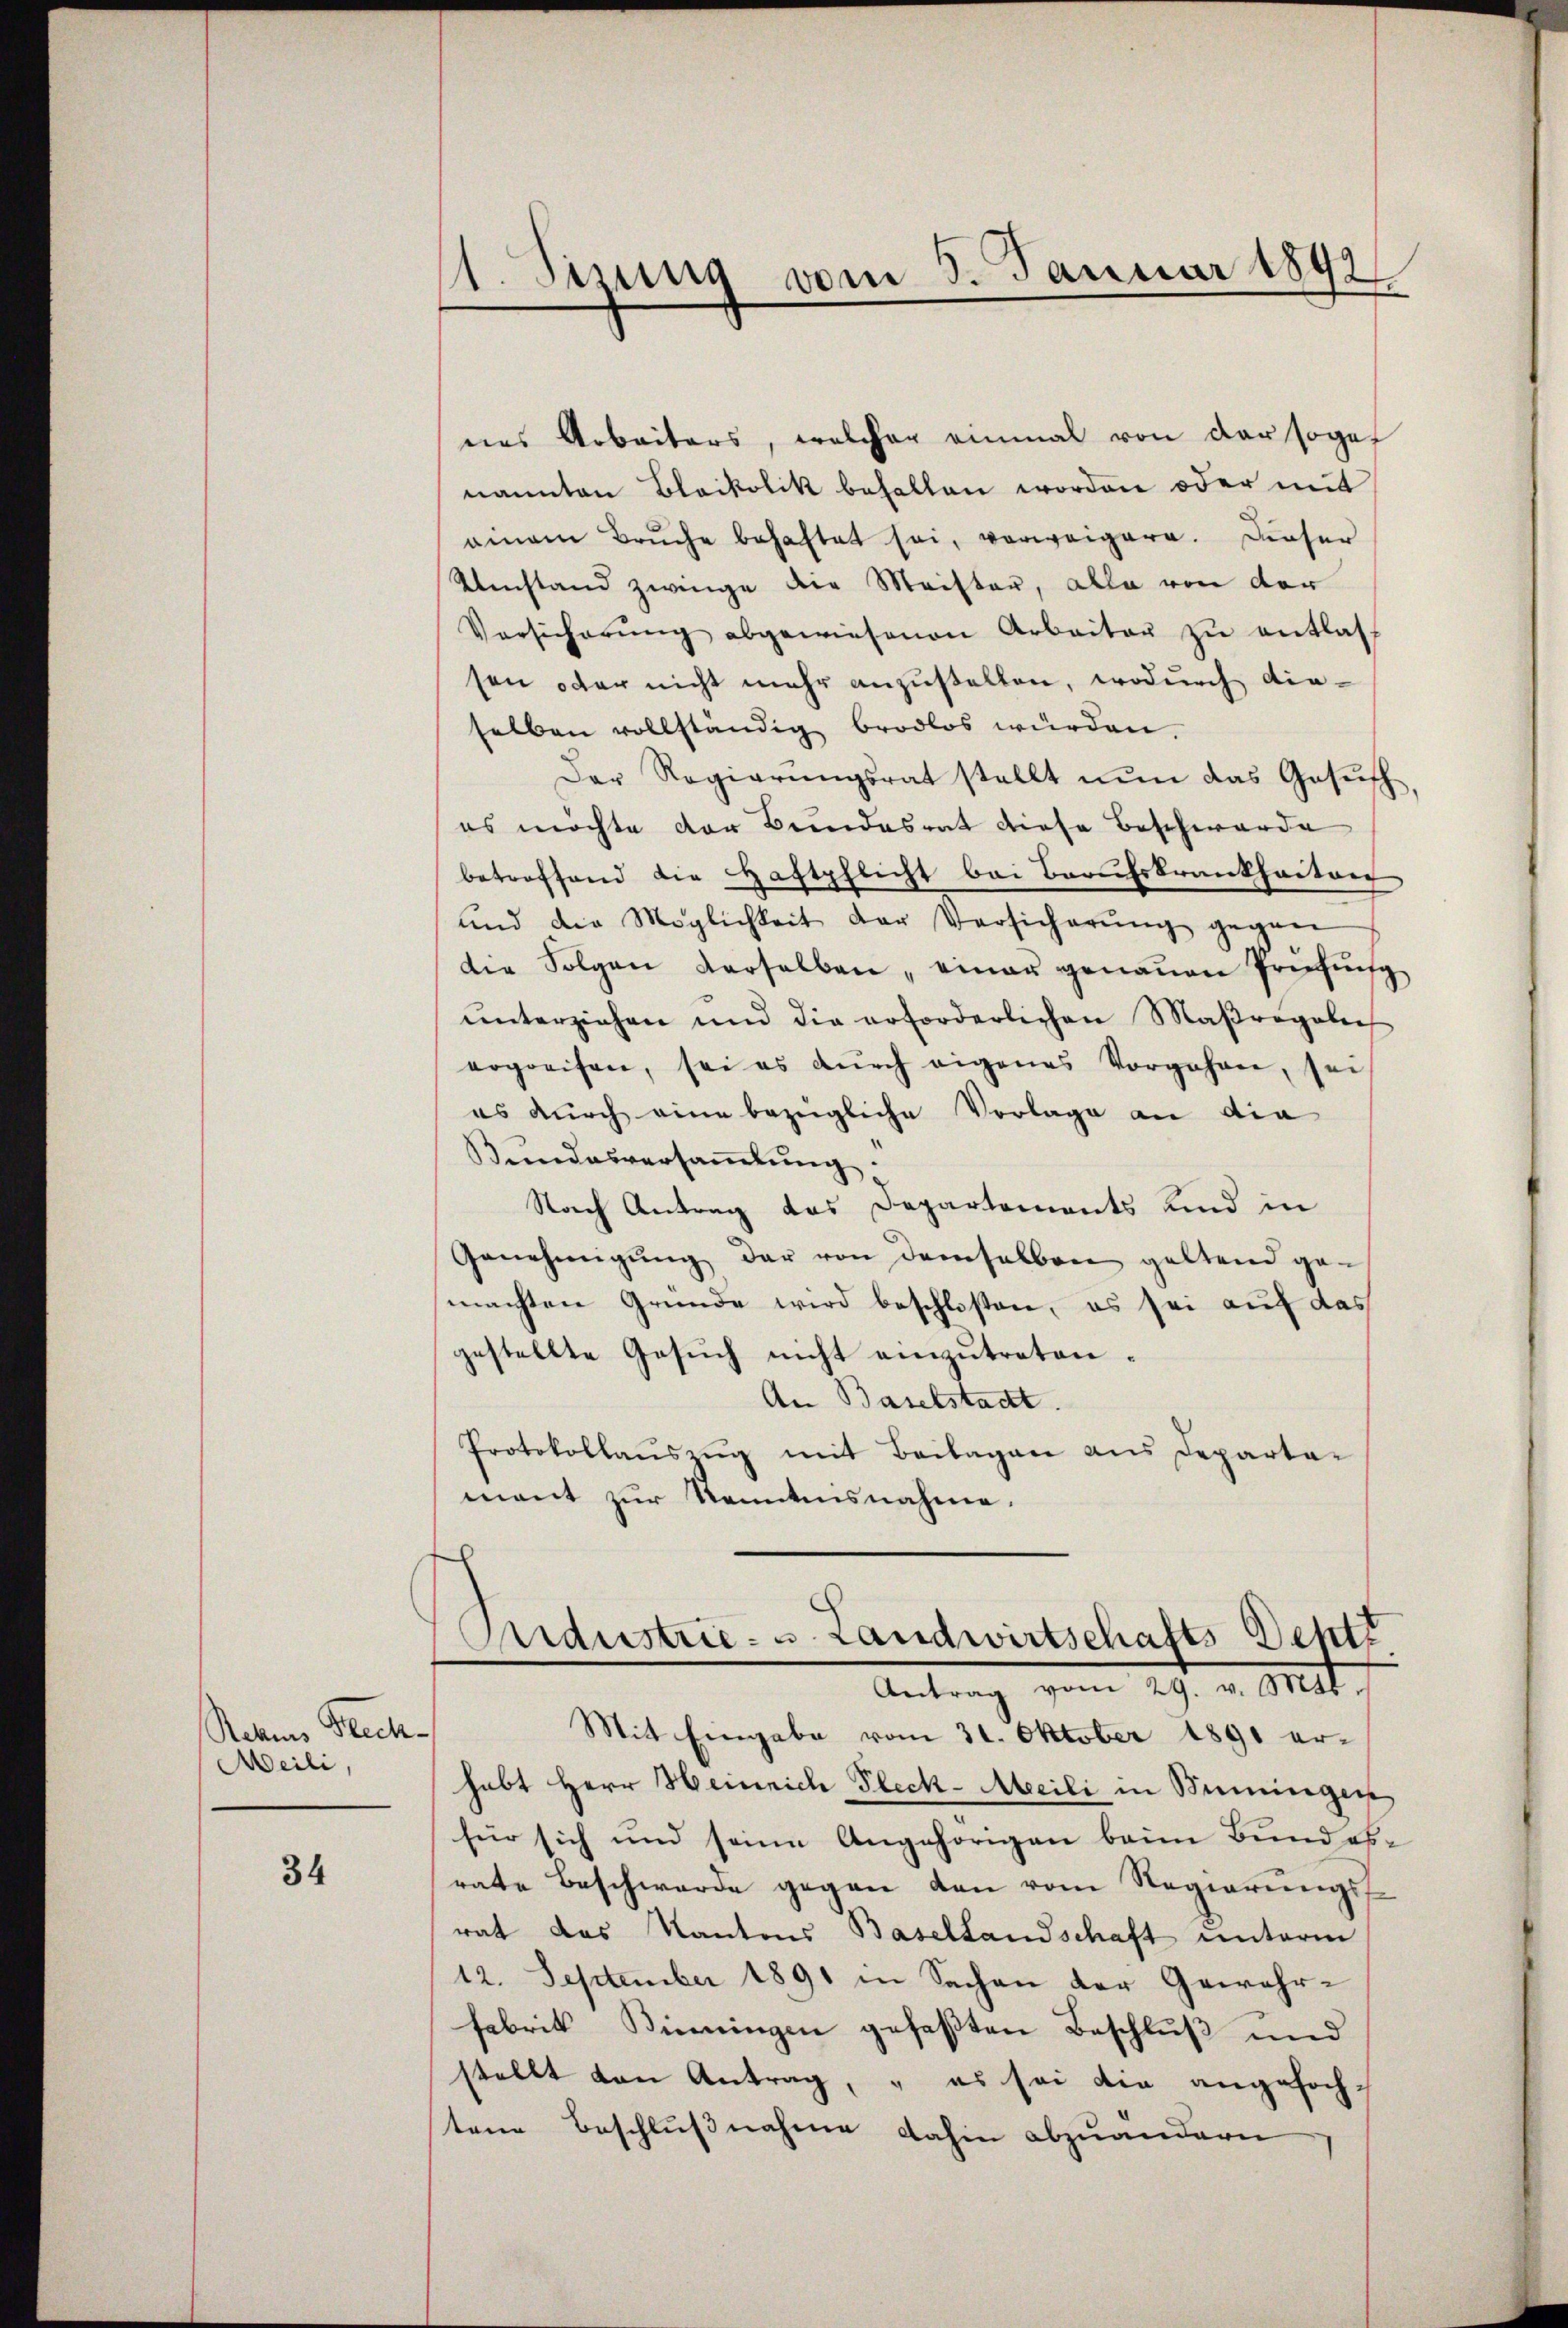
Rohes Prech
Meili,

34

¬
Stzung vom 5. Januar 1891

nes Arbeiters, welcher einmal von der soge
nannten Blaikolik behalten worden oder mit
ainem Bruche behaftet sei, verweigere. Dieser
Umstand zwinge die Meister, alle von der
Vorsicherŭng abgewiesenen Arbeiter zŭ entlas
sen oder nicht mehr anzustellen, wodurch dieselben vollständig brodlos würden.
Der Regierungsrat stellt nun das Gesuch
es möchte der Bundesrat diese Beschwerde
betreffend die Haftpflicht bei Berufskrankheitver
und die Möglichkeit der Versicherŭng gegen
die Folgen derselben, einer genauen Prüfung
ŭnterziehen und die erforderlichen Maβregolich
ergreifen, sei es dŭrch eigenes Vorgehen, sei
es durch eine bezügliche Vorlage an die
Kundesversaṁlŭng.
Nach Antrag das Departements Kind in
Genehmigŭng der von demselben geltend ge-
machten Gründe wird beschloßen, es sei auf das
gestellte Gesuch nicht einzutreten.
An Baselstadt.
Protokollaŭszŭg mit Beilagen ans Departa-
mant zur Kenntnisnahme.
Andustrie- u. Landwirtschafts Deptt
Antrag vom 29. v. Anst
Mit Eingabe vom 31. Oktober 1891 erhabt Herr Heinrich Fleck-Meili in Seminger
für sich und seine Angehörigen beim Bundesrate Beschwerde gegen den vom Regierungsrat das Kantons Basellandschaft unterm
12. September 1891 in Sachen der Gewehr¬
Fabrik Binningen gefaßten Beschluß und
stellt von Antrag, " es sei die angefochtene Beschlußnahme dahin abzuändern